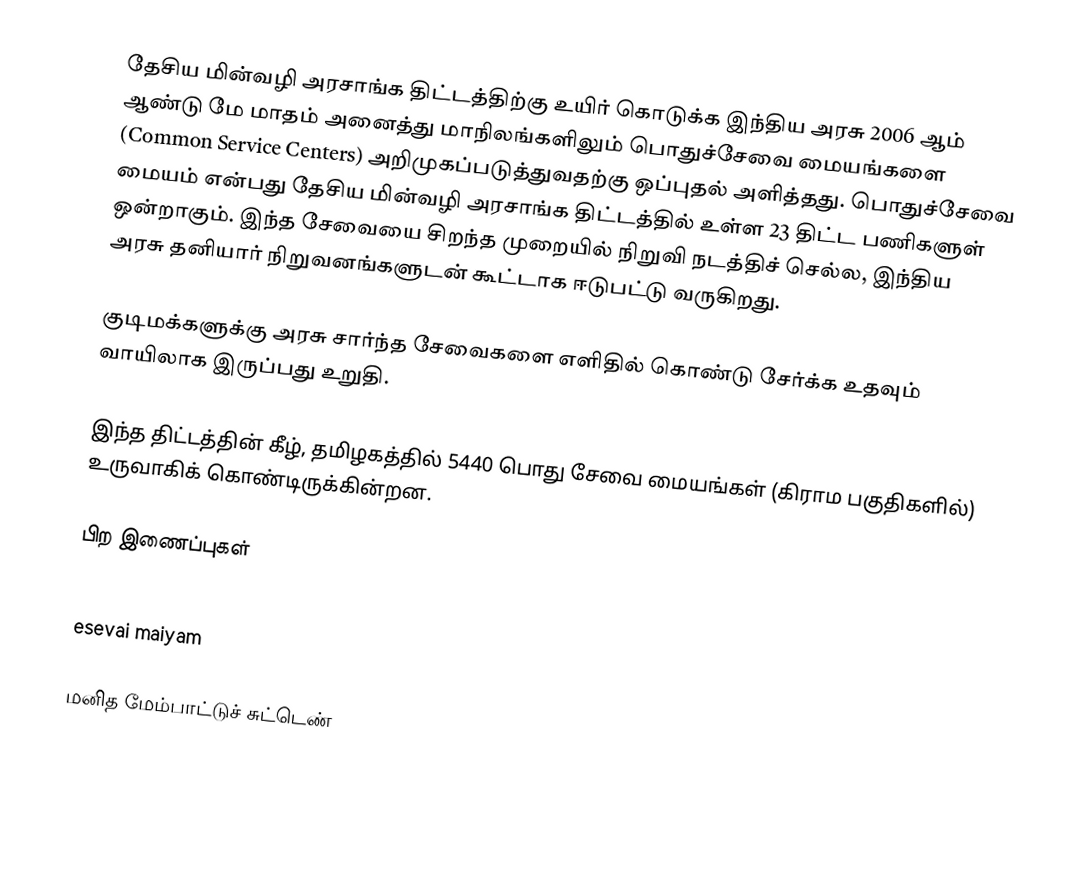
தேசிய மின்வழி அரசாங்க திட்டத்திற்கு உயிர் கொடுக்க இந்திய அரசு 2006 ஆம் ஆண்டு மே மாதம் அனைத்து மாநிலங்களிலும் பொதுச்சேவை மையங்களை (Common Service Centers) அறிமுகப்படுத்துவதற்கு ஒப்புதல் அளித்தது. பொதுச்சேவை மையம் என்பது தேசிய மின்வழி அரசாங்க திட்டத்தில் உள்ள 23 திட்ட பணிகளுள் ஒன்றாகும். இந்த சேவையை சிறந்த முறையில் நிறுவி நடத்திச் செல்ல, இந்திய அரசு தனியார் நிறுவனங்களுடன் கூட்டாக ஈடுபட்டு வருகிறது.

குடிமக்களுக்கு அரசு சார்ந்த சேவைகளை எளிதில் கொண்டு சேர்க்க உதவும் வாயிலாக இருப்பது உறுதி.

இந்த திட்டத்தின் கீழ், தமிழகத்தில் 5440 பொது சேவை மையங்கள் (கிராம பகுதிகளில்) உருவாகிக் கொண்டிருக்கின்றன.

பிற இணைப்புகள்

esevai maiyam

மனித மேம்பாட்டுச் சுட்டெண்